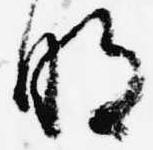
明